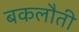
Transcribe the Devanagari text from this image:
बकलौती